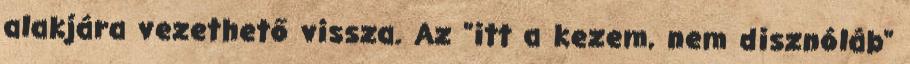
alakjára vezethető vissza. Az "itt a kezem, nem disznóláb"